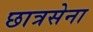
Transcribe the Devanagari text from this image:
छात्रसेना